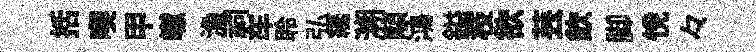
括喫甲𪩘漁祠车聆弘纔溯顒鴻鎰枝欲芸欽脚恱々